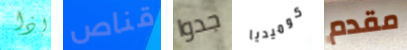
إذا قناص جدوا كوميديا مقدم